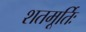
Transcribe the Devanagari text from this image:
शतमूर्तिः